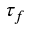
\tau _ { f }